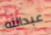
عبدالله